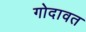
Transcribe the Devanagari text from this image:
गोदावत